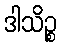
ဒါသိဉ္စ